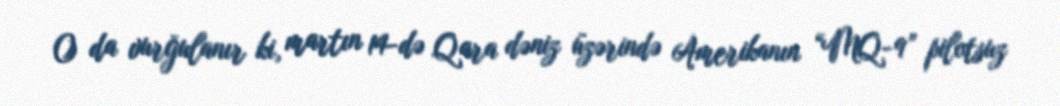
O da vurğulanır ki, martın 14-də Qara dəniz üzərində Amerikanın “MQ-9” pilotsuz